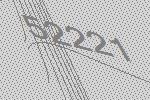
52221